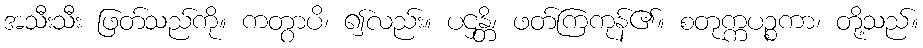
အသီးသီး ဖြတ်သည်ကို။ ကတွာပိ၊ ၍လည်း။ ပဌန္တိ၊ ဖတ်ကြကုန်၏။ စတုက္ကပဉ္စကာ၊ တို့သည်။